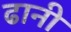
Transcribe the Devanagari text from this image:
ढानी